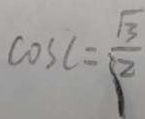
\cos c = \frac { \sqrt { 3 } } { 2 }